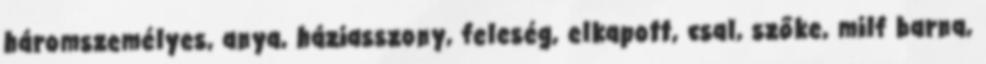
háromszemélyes, anya, háziasszony, feleség, elkapott, csal, szőke, milf barna,